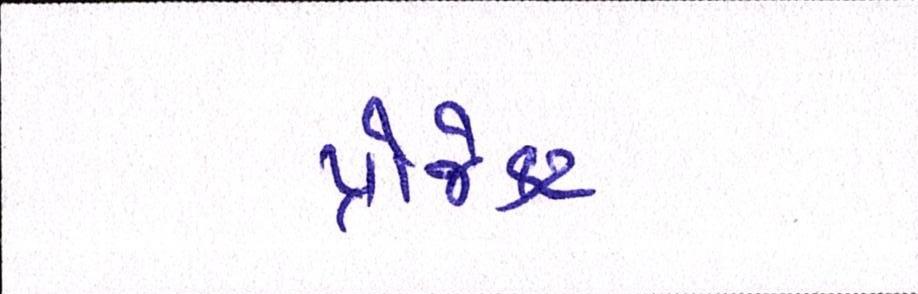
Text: પ્રોજેક્ટ